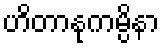
ဟိတာနုကမ္ပိနာ